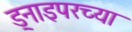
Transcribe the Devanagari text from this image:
ड्नाइपरच्या